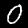
Digit: 0